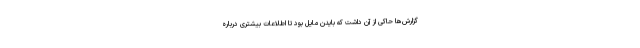
گزارش‌ها حاکی از آن داشت که بایدن مایل بود تا اطلاعات بیشتری درباره